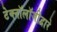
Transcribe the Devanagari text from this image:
टेक्‍नॉलॉजीद्वारे